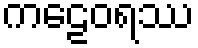
ကဠေဝရဿ